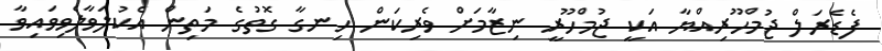
ފެޑެރަލް ޖުމްހޫރިއްޔާ އަކީ ޖުމްހޫރީ ނިޒާމަށް ވެރިކަން ހިނގާ ގޮތުގެ މަތިން އެކުލަވާލެވިވައިވާ